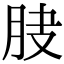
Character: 𦚀